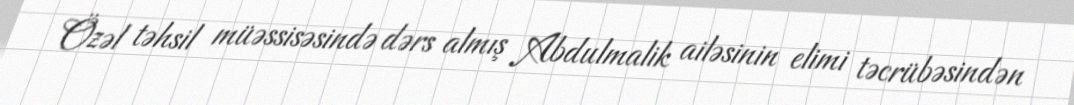
Özəl təhsil müəssisəsində dərs almış Abdulmalik ailəsinin elimi təcrübəsindən